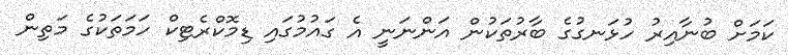
ކަމަށް ބުނާއިރު ހުޅަނގުގެ ބާރުތަކުން އަންނަނީ އެ ގައުމުގައި ޑިމޮކްރެޓިކް ހަމަތަކުގެ މަތިން